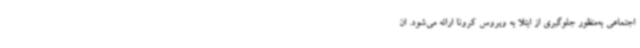
اجتماعی به‌منظور جلوگیری از ابتلا به ویروس کرونا ارائه می‌شود. ان